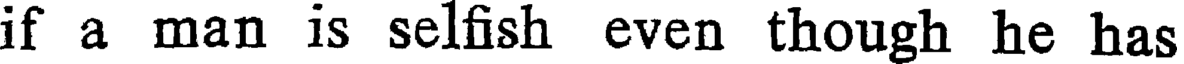
if a man is selfish even though he has